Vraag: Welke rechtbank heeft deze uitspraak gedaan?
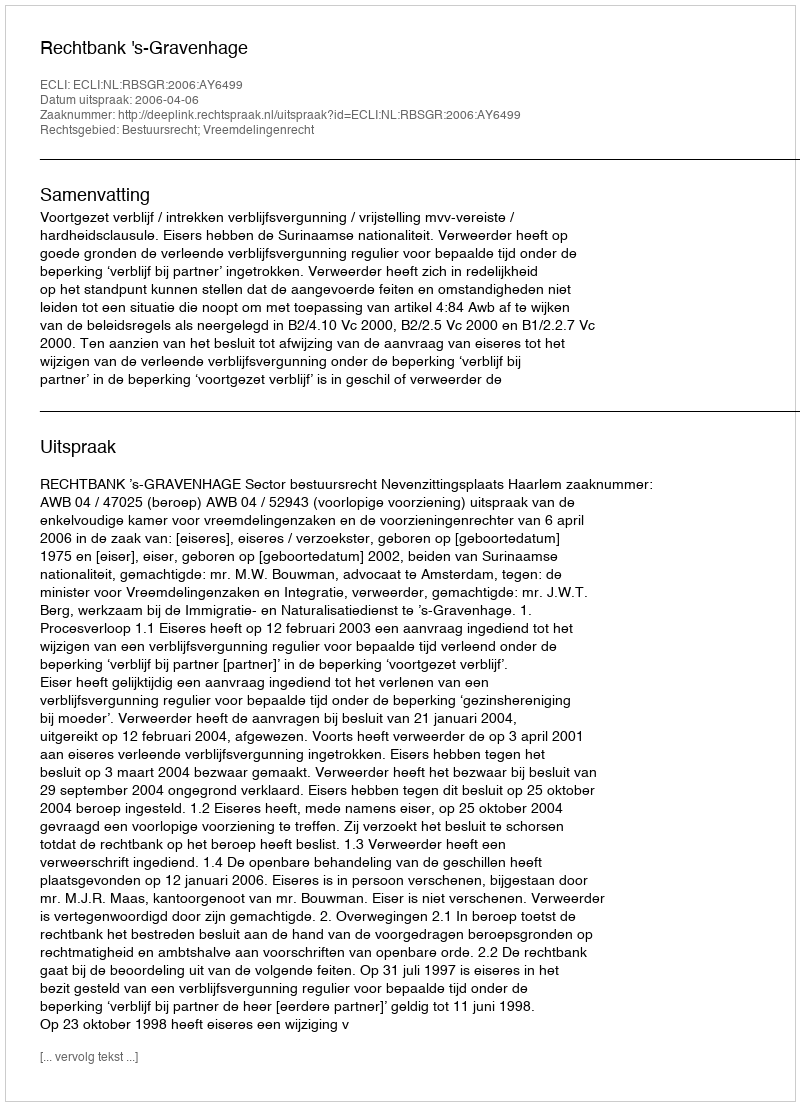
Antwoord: Rechtbank 's-Gravenhage